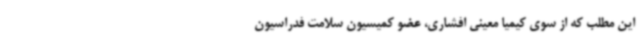
این مطلب که از سوی کیمیا معینی افشاری، عضو کمیسیون سلامت فدراسیون